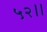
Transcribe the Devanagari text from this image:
५२।।